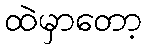
ထဲမှာတော့